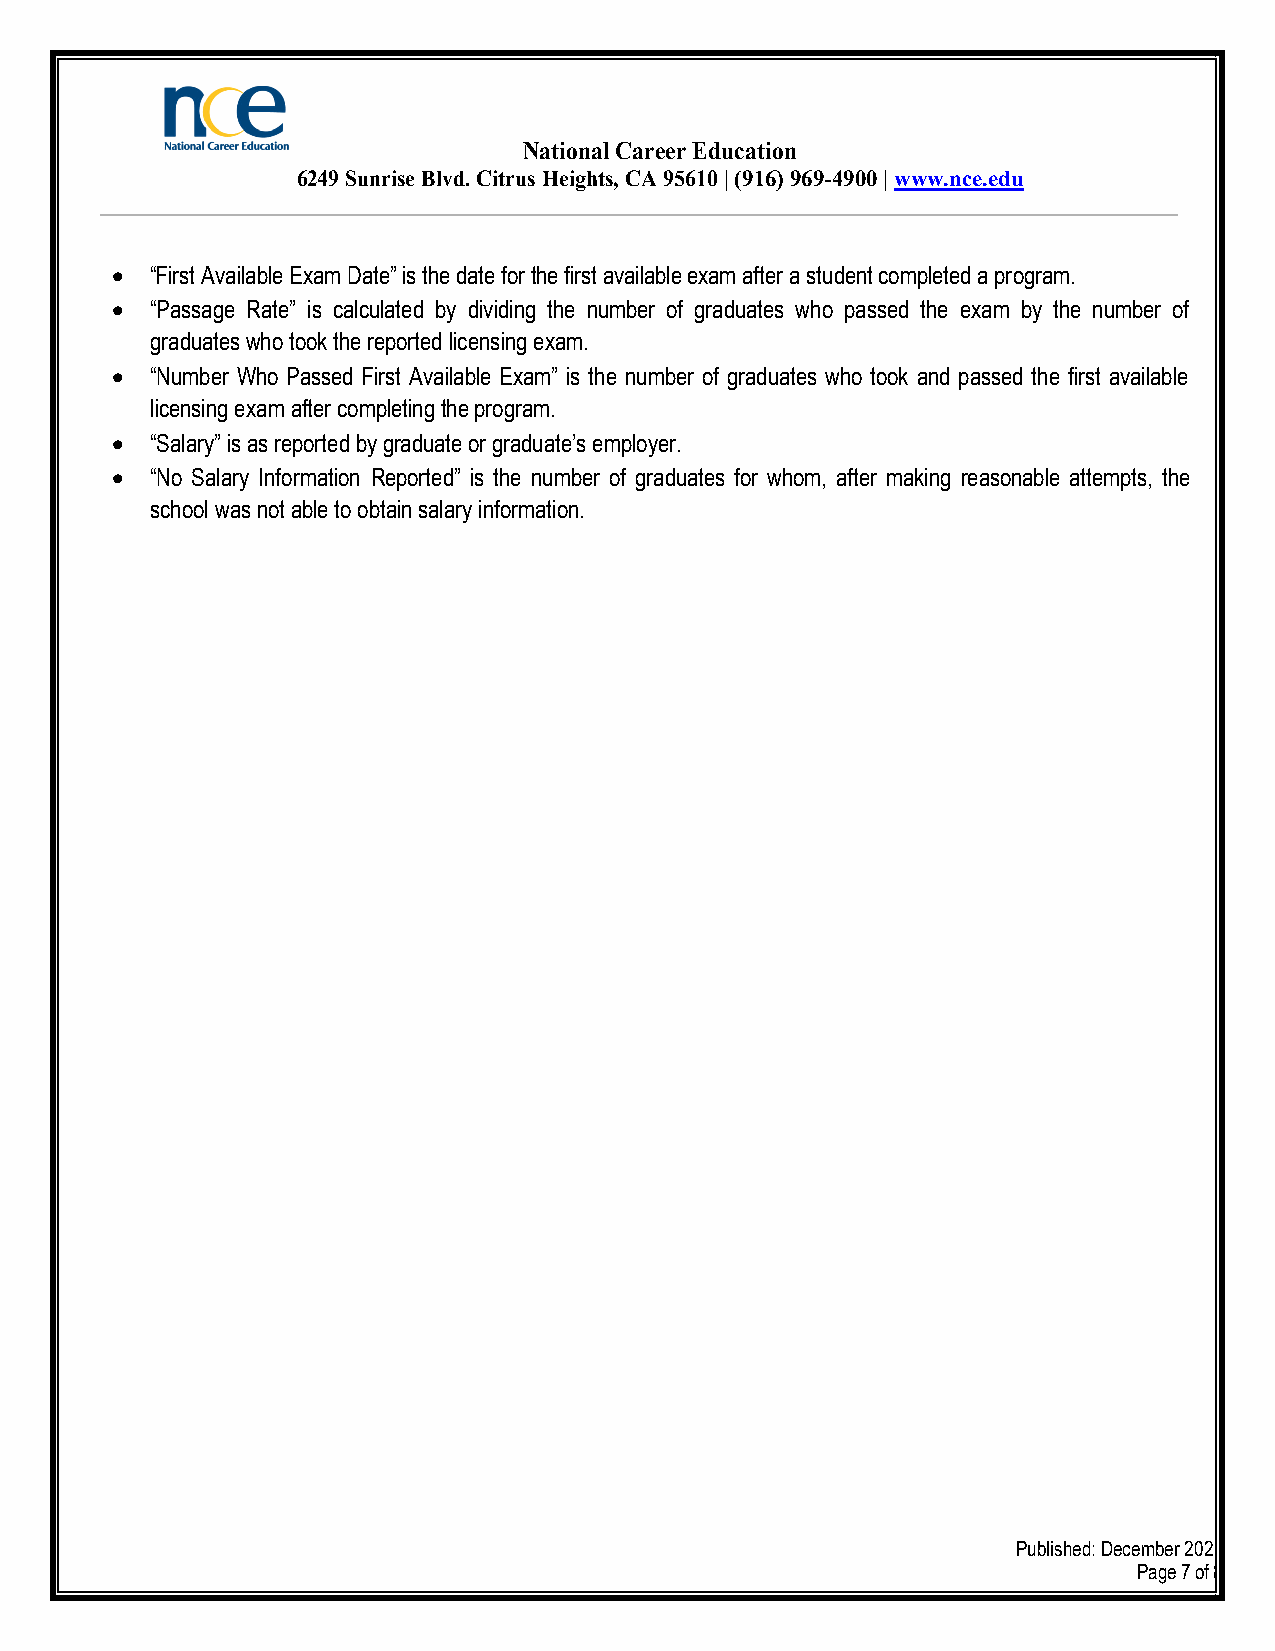
National Career Education
 6249 Sunrise Blvd. Citrus Heights, CA 95610 | (916) 969-4900 | www.nce.edu
   “First Available Exam Date” is the date for the first available exam after a student completed a program.
   “Passage Rate” is calculated by dividing the number of graduates who passed the exam by the number of
 graduates who took the reported licensing exam.
   “Number Who Passed First Available Exam” is the number of graduates who took and passed the first available
 licensing exam after completing the program.
   “Salary” is as reported by graduate or graduate’s employer.
   “No Salary Information Reported” is the number of graduates for whom, after making reasonable attempts, the
 school was not able to obtain salary information.
 Published: December 2021
 Page 7 of 8